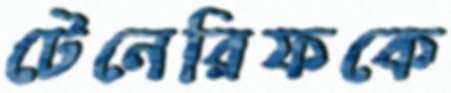
টেনেরিফকে